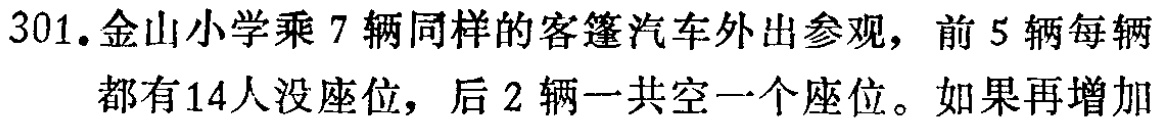
301. 金山小学乘 7 辆同样的客篷汽车外出参观，前 5 辆每辆
都有 14 人没座位，后 2 辆一共空一个座位。如果再增加